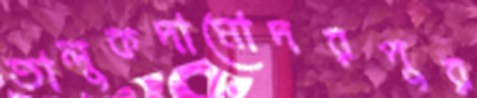
তালুকদামোদরপুর